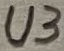
Text: U3